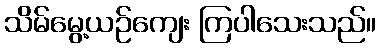
သိမ်မွေ့ယဉ်ကျေး ကြပါသေးသည်။